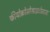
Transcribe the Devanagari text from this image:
फीयोक्रोमोसाइटोमास